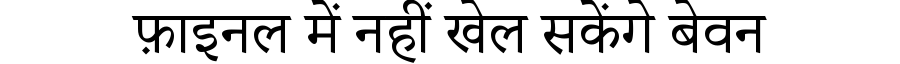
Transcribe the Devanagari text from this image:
फ़ाइनल में नहीं खेल सकेंगे बेवन